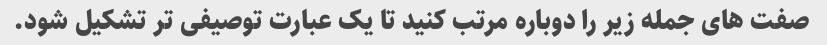
صفت های جمله زیر را دوباره مرتب کنید تا یک عبارت توصیفی تر تشکیل شود.